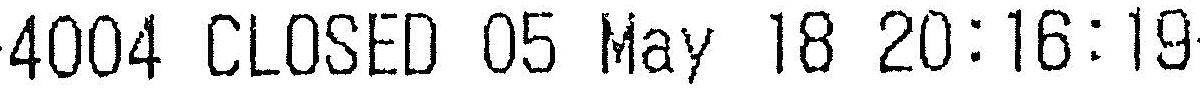
4004 CLOSED 05 MAY 18 20:16:19